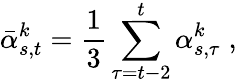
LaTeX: \bar{\alpha}_{s,t}^{k}=\frac{1}{3}\sum_{\tau=t-2}^{t}\alpha_{s,\tau}^{k}\; ,